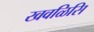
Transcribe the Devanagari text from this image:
खवळिसि